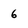
Character: 6